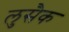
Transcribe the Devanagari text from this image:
लुसैक